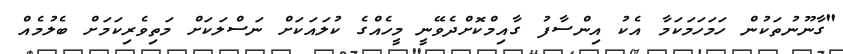
"ގާނޫނުތަކުން ހަމަހަމަކަމާ އެކު އިންސާފު ގާއިމްކޮށްދެވޭނީ މީހެއްގެ ކުލައަކަށް ނަސްލަކަށް މަތިވެރިކަމަށް ބެލުމެއް